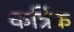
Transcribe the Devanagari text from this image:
कर्त्रिक